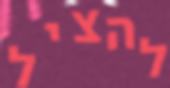
להציל